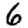
Digit: 6